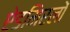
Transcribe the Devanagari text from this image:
ऐडमिरलों